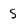
Character: S